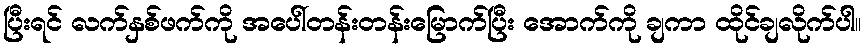
ပြီးရင် လက်နှစ်ဖက်ကို အပေါ်တန်းတန်းမြောက်ပြီး အောက်ကို ချကာ ထိုင်ချလိုက်ပါ။